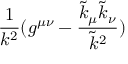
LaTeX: \frac { 1 } { k ^ { 2 } } ( g ^ { \mu \nu } - \frac { \tilde { k } _ { \mu } \tilde { k } _ { \nu } } { \tilde { k } ^ { 2 } } )